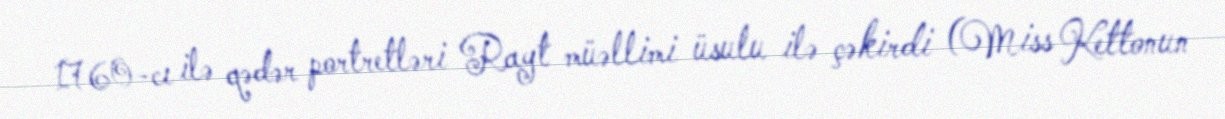
1760-cı ilə qədər portretləri Rayt müəllimi üsulu ilə çəkirdi (Miss Kettonun